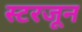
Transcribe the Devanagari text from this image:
स्टरजून